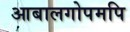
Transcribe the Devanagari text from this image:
आबालगोपमपि